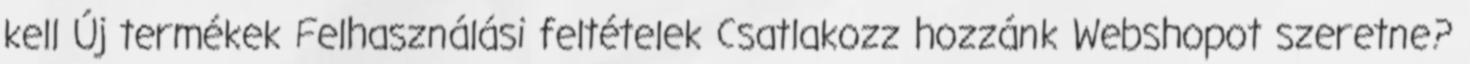
kell Új termékek Felhasználási feltételek Csatlakozz hozzánk Webshopot szeretne?